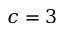
c = 3